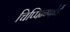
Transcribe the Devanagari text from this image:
चिप्पिन्ग्फोर्ड